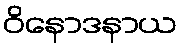
ဝိနောဒနာယ